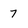
Character: 7